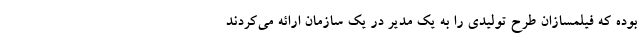
بوده که فیلمسازان طرح تولیدی را به یک مدیر در یک سازمان ارائه می‌کردند